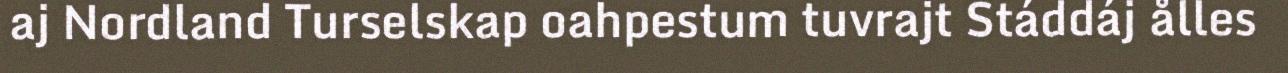
aj Nordland Turselskap oahpestum tuvrajt Stáddáj ålles